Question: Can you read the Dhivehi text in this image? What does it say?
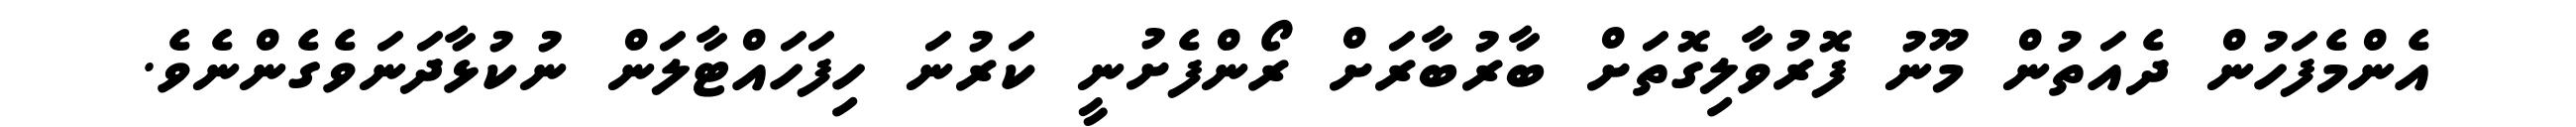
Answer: އެންމެފަހުން ދެއަތުން މޫނު ފޮރުވާލިގޮތަށް ބާރުބާރަށް ރޯންފެށުނީ ކަރުނަ ހިފަހައްޓާލަން ނުކުޅާދަނަވެގެންނެވެ.